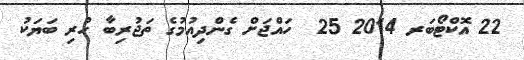
22 އޮކްޓޯބަރ 2014 25  ހައްޖަށް ގެންދިއުމުގެ ތަޖުރިބާ ހުރި ބަޔަކު